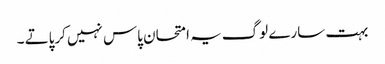
بہت سارے لوگ یہ امتحان پاس نہیں کرپاتے ۔